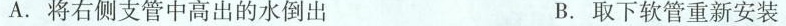
A.将右侧支管中高出的水倒出 B.取下软管重新安装